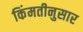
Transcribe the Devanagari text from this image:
किंमतीनुसार